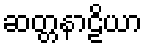
ဆတ္တနာဠိယာ